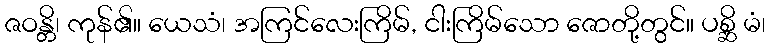
ဇဝန္တိ၊ ကုန်၏။ ယေသံ၊ အကြင်လေးကြိမ်, ငါးကြိမ်သော ဇောတို့တွင်။ ပစ္ဆိ မံ၊